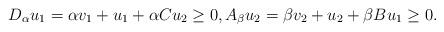
LaTeX: \begin{align*}D_\alpha u_1 = \alpha v_1 + u_1+ \alpha Cu_2\ge 0, A_\beta u_2 =\beta v_2 + u_2 + \beta B u_1\ge 0.\end{align*}